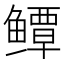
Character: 𱈓